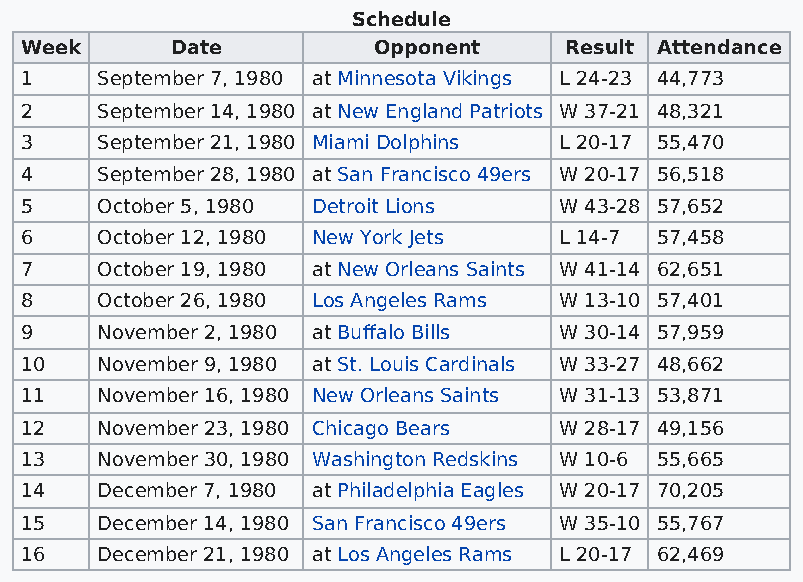
Schedule
 Week      Date          Opponent    Result Attendance
 1    September 7, 1980 at Minnesota Vikings L 24-23 44,773
 2    September 14, 1980 at New England Patriots W 37-21 48,321
 3    September 21, 1980 Miami Dolphins L 20-17 55,470
 4    September 28, 1980 at San Francisco 49ers W 20-17 56,518
 5    October 5, 1980 Detroit Lions  W 43-28 57,652
 6    October 12, 1980 New York Jets L 14-7 57,458
 7    October 19, 1980 at New Orleans Saints W 41-14 62,651
 8    October 26, 1980 Los Angeles Rams W 13-10 57,401
 9    November 2, 1980 at Buffalo Bills W 30-14 57,959
 10   November 9, 1980 at St. Louis Cardinals W 33-27 48,662
 11   November 16, 1980 New Orleans Saints W 31-13 53,871
 12   November 23, 1980 Chicago Bears W 28-17 49,156
 13   November 30, 1980 Washington Redskins W 10-6 55,665
 14   December 7, 1980 at Philadelphia Eagles W 20-17 70,205
 15   December 14, 1980 San Francisco 49ers W 35-10 55,767
 16   December 21, 1980 at Los Angeles Rams L 20-17 62,469